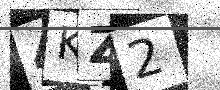
Text: 4KZ2